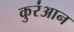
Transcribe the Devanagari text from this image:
कुर॑आन